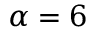
\alpha = 6